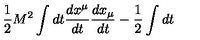
\frac { 1 } { 2 } M ^ { 2 } \int d t \frac { d x ^ { \mu } } { d t } \frac { d x _ { \mu } } { d t } - \frac { 1 } { 2 } \int d t